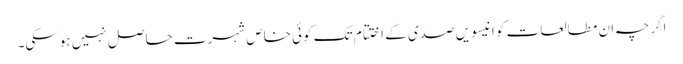
اگرچہ ان مطالعات کو انیسویں صدی کے اختتام تک کوئی خاص شہرت حاصل نہیں ہوسکی۔